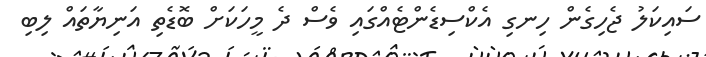
ސައިކަލު ޖެހިގެން ހިނގި އެކްސިޑެންޓެއްގައި ވެސް ދެ މީހަކަށް ބޮޑެތި އަނިޔާތައް ލިބި